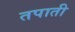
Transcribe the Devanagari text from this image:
तपाती